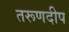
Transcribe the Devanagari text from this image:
तरूणदीप